Civil Veterinary Dept. Bombay admin report 1923-31 - 1923-1931
Year: 1923
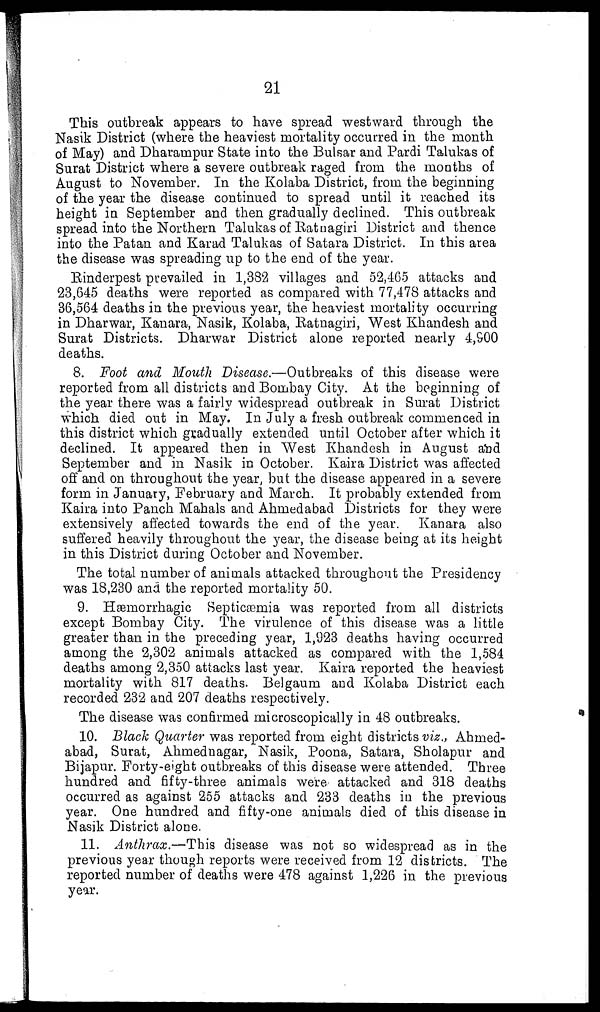
21
This outbreak appears to have spread westward through the
Nasik District (where the heaviest mortality occurred in the month
of May) and Dharampur State into the Bulsar and Pardi Talukas of
Surat District where a severe outbreak raged from the months of
August to November. In the Kolaba District, from the beginning
of the year the disease continued to spread until it reached its
height in September and then gradually declined. This outbreak
spread into the Northern Talukas of Ratnagiri District and thence
into the Patan and Karad Talukas of Satara District. In this area
the disease was spreading up to the end of the year.
Rinderpest prevailed in 1,382 villages and 52,465 attacks and
23,645 deaths were reported as compared with 77,478 attacks and
36,564 deaths in the previous year, the heaviest mortality occurring
in Dharwar, Kanara, Nasik, Kolaba, Ratnagiri, West Khandesh and
Surat Districts. Dharwar District alone reported nearly 4,900
deaths.
8. Foot and Mouth Disease.—Outbreaks of this disease were
reported from all districts and Bombay City. At the beginning of
the year there was a fairly widespread outbreak in Surat District
which died out in May. In July a fresh outbreak commenced in
this district which gradually extended until October after which it
declined. It appeared then in West Khandesh in August and
September and in Nasik in October. Kaira District was affected
off and on throughout the year, but the disease appeared in a severe
form in January, February and March. It probably extended from
Kaira into Panch Mahals and Ahmedabad Districts for they were
extensively affected towards the end of the year. Kanara also
suffered heavily throughout the year, the disease being at its height
in this District during October and November.
The total number of animals attacked throughout the Presidency
was 18,230 and the reported mortality 50.
9. Hæmorrhagic Septicæmia was reported from all districts
except Bombay City. The virulence of this disease was a little
greater than in the preceding year, 1,923 deaths having occurred
among the 2,302 animals attacked as compared with the 1,584
deaths among 2,350 attacks last year. Kaira reported the heaviest
mortality with 817 deaths. Belgaum and Kolaba District each
recorded 232 and 207 deaths respectively.
The disease was confirmed microscopically in 48 outbreaks.
10. Black Quarter was reported from eight districts viz., Ahmed-
abad, Surat, Ahmednagar, Nasik, Poona, Satara, Sholapur and
Bijapur. Forty-eight outbreaks of this disease were attended. Three
hundred and fifty-three animals were attacked and 318 deaths
occurred as against 255 attacks and 233 deaths in the previous
year. One hundred and fifty-one animals died of this disease in
Nasik District alone.
11. Anthrax.—This disease was not so widespread as in the
previous year though reports were received from 12 districts. The
reported number of deaths were 478 against 1,226 in the previous
year.